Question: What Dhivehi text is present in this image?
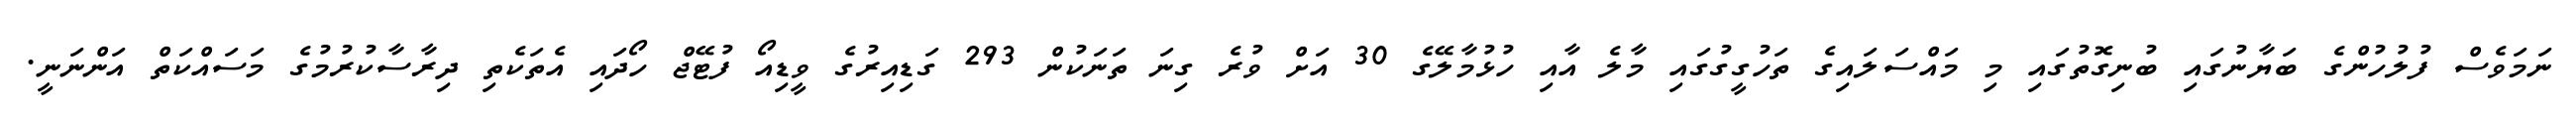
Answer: ނަމަވެސް ފުލުހުންގެ ބަޔާނުގައި ބުނިގޮތުގައި މި މައްސަލައިގެ ތަހުގީގުގައި މާލެ އާއި ހުޅުމާލޭގެ 30 އަށް ވުރެ ގިނަ ތަނަކުން 293 ގަޑިއިރުގެ ވީޑިއޯ ފުޓޭޖް ހޯދައި އެތަކެތި ދިރާސާކުރުމުގެ މަސައްކަތް އަންނަނީ.